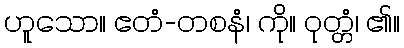
ဟူသော။ ဧတံ-တစနံ၊ ကို။ ဝုတ္တံ၊ ၏။